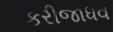
કરીજાધવ